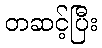
တဆင့်ပြီး